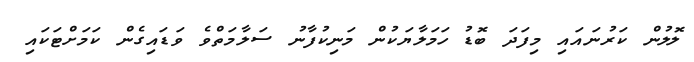
ލޮލުން ކަރުނައައި މިފަދަ ބޮޑު ހަމަލާޔަކުން މަނިކުފާނު ސަލާމަތްވެ ވަޑައިގެން ކަމަށްޓަކައި